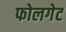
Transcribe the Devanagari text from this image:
फोलगेट